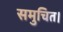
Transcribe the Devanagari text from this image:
समुचित।